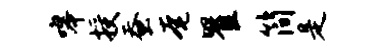
嗥授蚕奄瞿简是